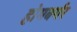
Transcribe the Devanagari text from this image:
होमबर्गर